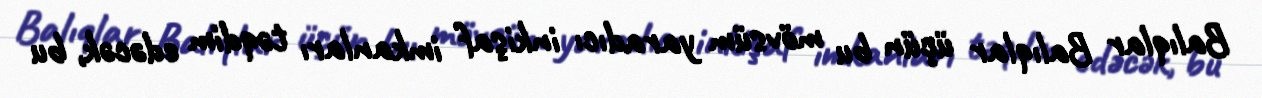
Balıqlar Balıqlar üçün bu mövsüm yaradıcı inkişaf imkanları təqdim edəcək, bu